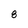
Character: 8